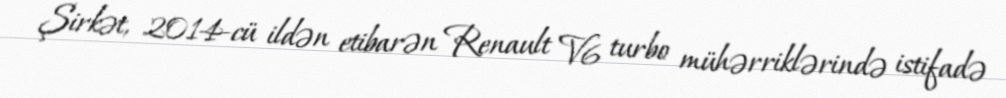
Şirkət, 2014-cü ildən etibarən Renault V6 turbo mühərriklərində istifadə